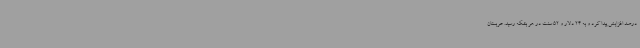
درصد افزایش پیدا کرد و به 24 دلار و 52 سنت در هر بشکه رسید. عربستان